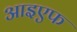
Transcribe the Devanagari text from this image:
आइएफ